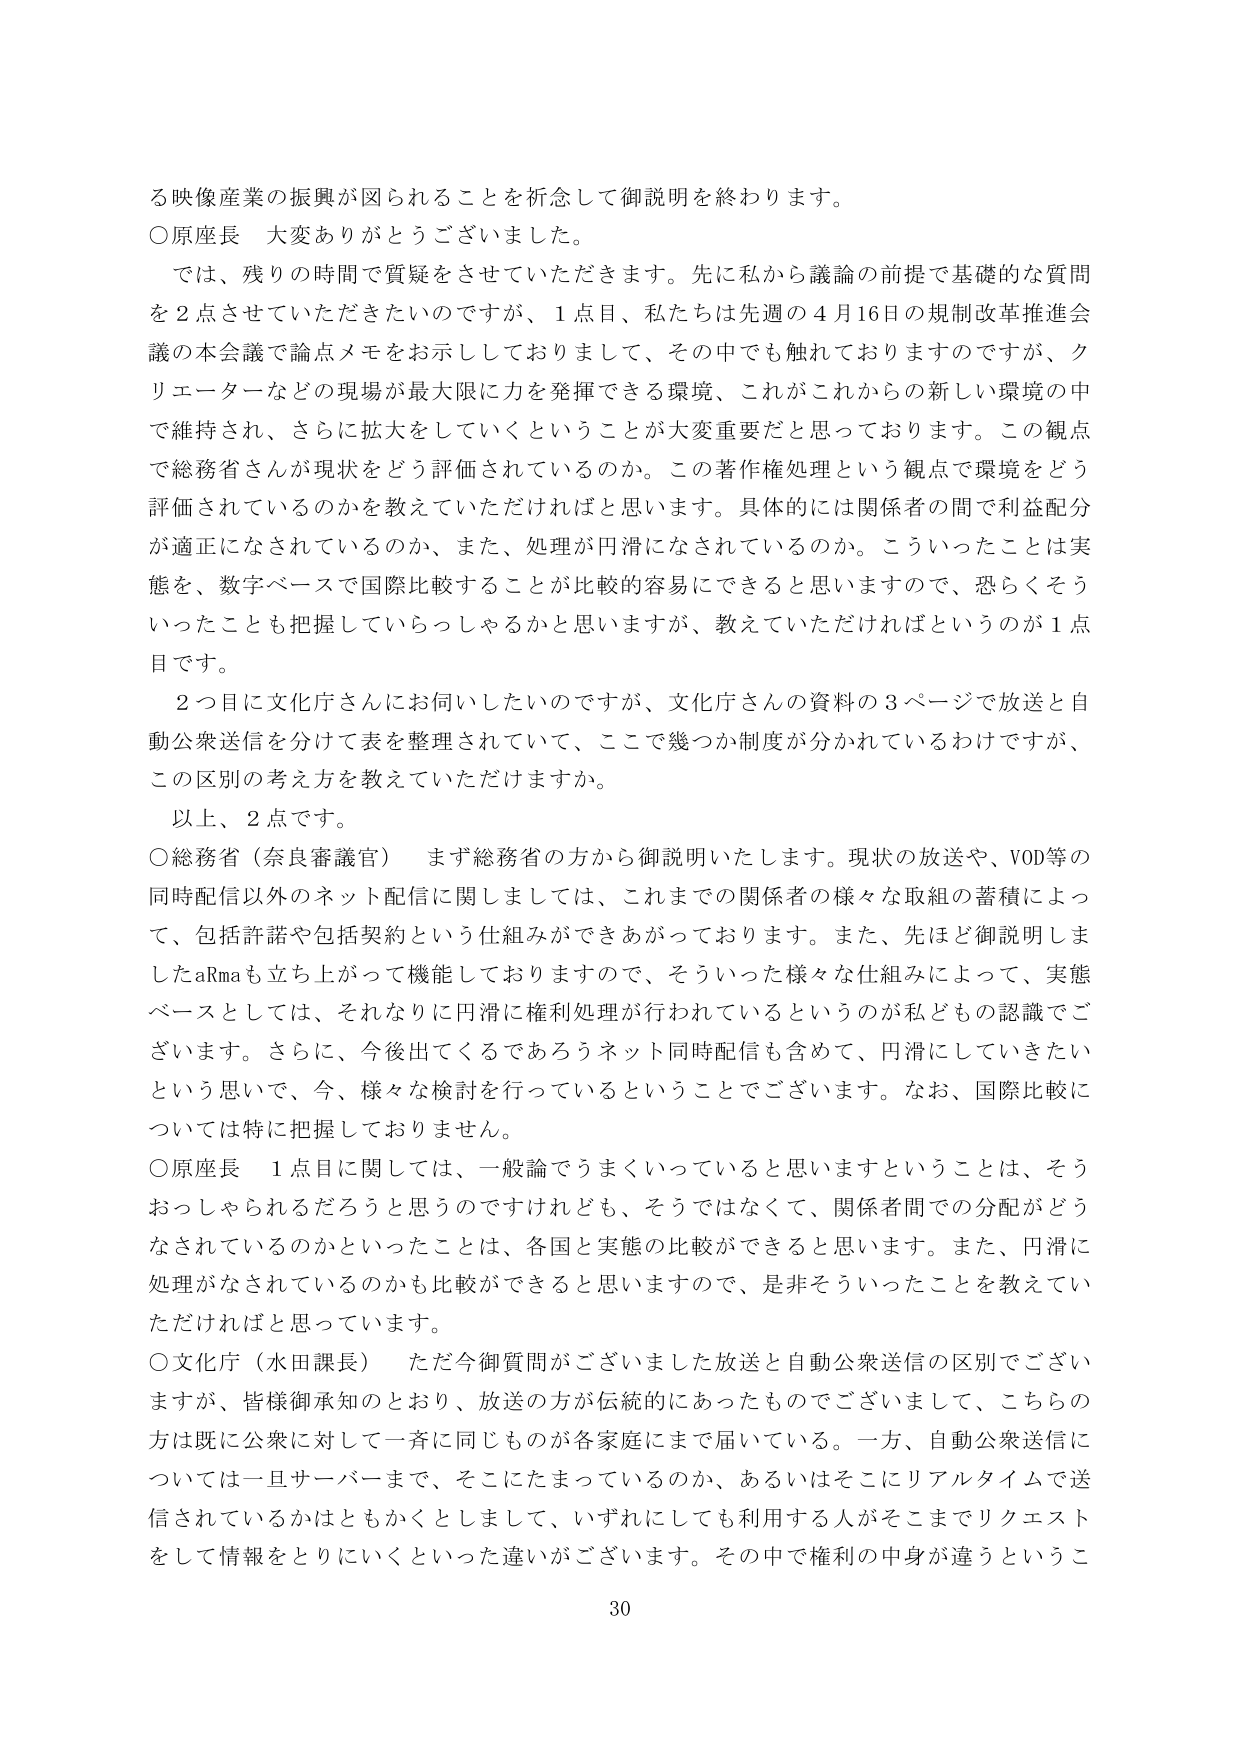
る映像産業の振興が図られることを祈念して御説明を終わります。

○原座長　大変ありがとうございました。

　では、残りの時間で質疑をさせていただきます。先に私から議論の前提で基礎的な質問を２点させていただきたいのですが、１点目、私たちは先週の４月16日の規制改革推進会議の本会議で論点メモをお示ししておりまして、その中でも触れておりますのですが、クリエーターなどの現場が最大限に力を発揮できる環境、これがこれからの新しい環境の中で維持され、さらに拡大をしていくということが大変重要だと思っております。この観点で総務省さんが現状をどう評価されているのか。この著作権処理という観点で環境をどう評価されているのかを教えていただければと思います。具体的には関係者の間で利益配分が適正になされているのか、また、処理が円滑になされているのか。こういったことは実態を、数字ベースで国際比較することが比較的容易にできると思いますので、恐らくそういったことも把握していらっしゃるかと思いますが、教えていただければというのが１点目です。

　２つ目に文化庁さんにお伺いしたいのですが、文化庁さんの資料の３ページで放送と自動公衆送信を分けて表を整理されていて、ここで幾つか制度が分かれているわけですが、この区別の考え方を教えていただけますか。

　以上、２点です。

○総務省（奈良審議官）　まず総務省の方から御説明いたします。現状の放送や、VOD等の同時配信以外のネット配信に関しましては、これまでの関係者の様々な取組の蓄積によって、包括許諾や包括契約という仕組みができあがっております。また、先ほど御説明しましたaRmaも立ち上がって機能しておりますので、そういった様々な仕組みによって、実態ベースとしては、それなりに円滑に権利処理が行われているというのが私どもの認識でございます。さらに、今後出てくるであろうネット同時配信も含めて、円滑にしていきたいという思いで、今、様々な検討を行っているということでございます。なお、国際比較については特に把握しておりません。

○原座長　１点目に関しては、一般論でうまくいっていると思いますということは、そうおっしゃられるだろうと思うのですけれども、そうではなくて、関係者間での分配がどうなされているのかといったことは、各国と実態の比較ができると思います。また、円滑に処理がなされているのかも比較ができると思いますので、是非そういったことを教えていただければと思っています。

○文化庁（水田課長）　ただ今御質問がございました放送と自動公衆送信の区別でございますが、皆様御承知のとおり、放送の方が伝統的にあったものでございまして、こちらの方は既に公衆に対して一斉に同じものが各家庭にまで届いている。一方、自動公衆送信については一旦サーバーまで、そこにたまっているのか、あるいはそこにリアルタイムで送信されているかはともかくとしまして、いずれにしても利用する人がそこまでリクエストをして情報をとりにいくといった違いがございます。その中で権利の中身が違うというこ

30